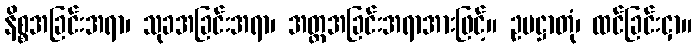
နိစ္စအခြင်းအရာ၊ သုခအခြင်းအရာ၊ အတ္တအခြင်းအရာအားဖြင့်။ ဥပဋ္ဌာတုံ၊ ထင်ခြင်းငှာ။